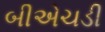
બીએચડી